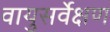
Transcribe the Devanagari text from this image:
वायुसर्वेक्षण